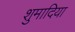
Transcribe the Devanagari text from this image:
शुमादिया